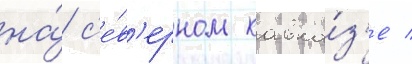
на́ с'е́в'ерном кавка́з'е /